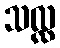
သလ္လ